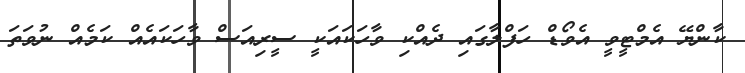
ކާންޔޭ އެމްޓީވީ އެވޯޑް ހަފްލާގައި ދެއްކި ވާހަކައަކީ ސީރިއަސް ވާހަކައެއް ކަމެއް ނުވަތަ